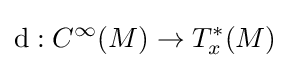
\mathrm {d} :C^{\infty }(M)\to T_{x}^{*}(M)